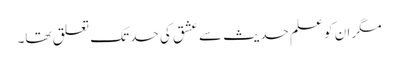
مگر ان کو علم حدیث سے عشق کی حد تک تعلق تھا۔